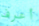
أعرف